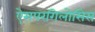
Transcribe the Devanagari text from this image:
ऐसपरगिलोसिस